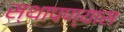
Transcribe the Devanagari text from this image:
स्थापण्यास